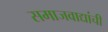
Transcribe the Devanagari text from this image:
समाजवाद्यांची